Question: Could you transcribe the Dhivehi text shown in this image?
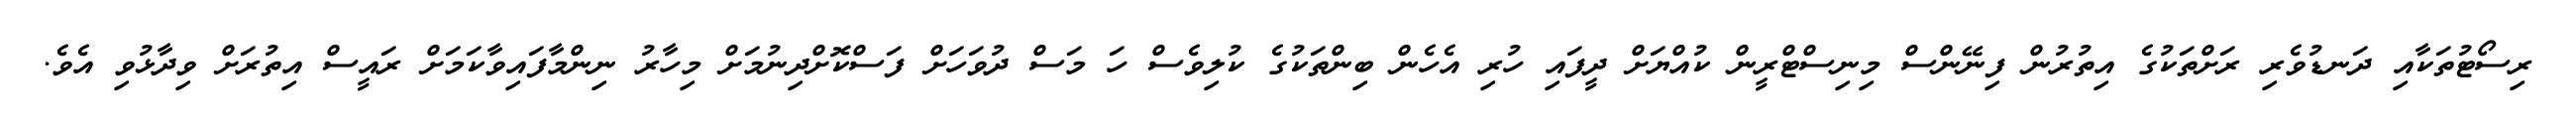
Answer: ރިސޯޓުތަކާއި ދަނޑުވެރި ރަށްތަކުގެ އިތުރުން ފިނޭންސް މިނިސްޓްރީން ކުއްޔަށް ދީފައި ހުރި އެހެން ބިންތަކުގެ ކުލިވެސް ހަ މަސް ދުވަހަށް ފަސްކޮށްދިނުމަށް މިހާރު ނިންމާފައިވާކަމަށް ރައީސް އިތުރަށް ވިދާޅުވި އެވެ.